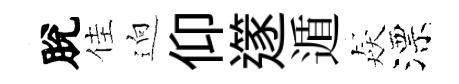
脫佳逈仰𨗹遁猋漂